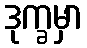
ဒုက္ခမှာ